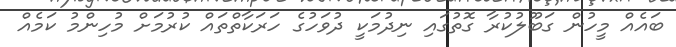
ބައެއް މީހުން ގަބޫލުކުރާ ގޮތުގައި ނިދުމަކީ ދުވަހުގެ ހަރަކާތްތައް ކުރުމަށް މުހިންމު ކަމެއް